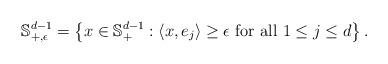
LaTeX: \begin{align*}\mathbb{S}_{+, \epsilon}^{d-1}= \left\{ x \in \mathbb{S}_+^{d-1}:\langle x, e_j \rangle \geq \epsilon \ \mbox{for all $1\leq j\leq d$} \right\}.\end{align*}